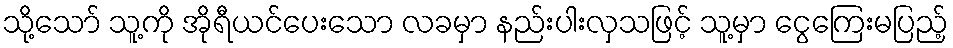
သို့သော် သူ့ကို အိုရီယင်ပေးသော လခမှာ နည်းပါးလှသဖြင့် သူ့မှာ ငွေကြေးမပြည့်